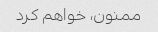
ممنون، خواهم کرد